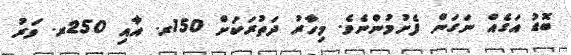
ބޮޑު އަގެއް ނަގަން ފެށުމުންނެވެ. މިހާރު ދަތުރަކަށް 150ރ. އާއި 250ރ. ވަރު